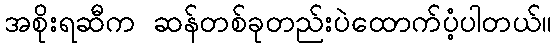
အစိုးရဆီက ဆန်တစ်ခုတည်းပဲထောက်ပံ့ပါတယ်။